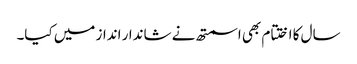
سال کا اختتام بھی اسمتھ نے شاندار انداز میں کیا۔